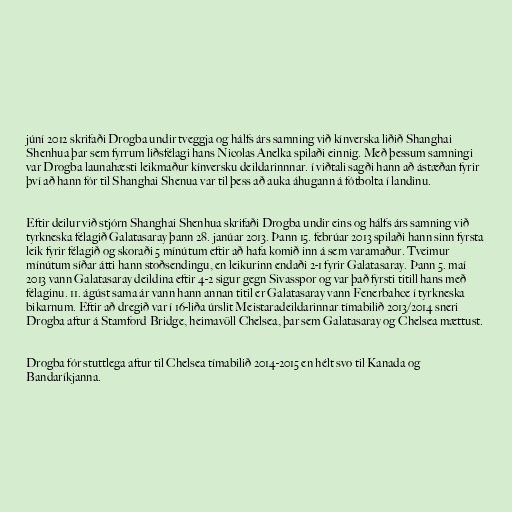
júní 2012 skrifaði Drogba undir tveggja og hálfs árs samning við kínverska liðið Shanghai
Shenhua þar sem fyrrum liðsfélagi hans Nicolas Anelka spilaði einnig. Með þessum samningi
var Drogba launahæsti leikmaður kínversku deildarinnnar. í viðtali sagði hann að ástæðan fyrir
því að hann fór til Shanghai Shenua var til þess að auka áhugann á fótbolta í landinu.

Eftir deilur við stjórn Shanghai Shenhua skrifaði Drogba undir eins og hálfs árs samning við
tyrkneska félagið Galatasaray þann 28. janúar 2013. Þann 15. febrúar 2013 spilaði hann sinn fyrsta
leik fyrir félagið og skoraði 5 mínútum eftir að hafa komið inn á sem varamaður. Tveimur
mínútum síðar átti hann stoðsendingu, en leikurinn endaði 2-1 fyrir Galatasaray. Þann 5. maí
2013 vann Galatasaray deildina eftir 4-2 sigur gegn Sivasspor og var það fyrsti titill hans með
félaginu. 11. ágúst sama ár vann hann annan titil er Galatasaray vann Fenerbahce í tyrkneska
bikarnum. Eftir að dregið var í 16-liða úrslit Meistaradeildarinnar tímabilið 2013/2014 sneri
Drogba aftur á Stamford Bridge, heimavöll Chelsea, þar sem Galatasaray og Chelsea mættust.

Drogba fór stuttlega aftur til Chelsea tímabilið 2014-2015 en hélt svo til Kanada og
Bandaríkjanna.